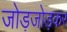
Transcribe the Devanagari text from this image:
जोड़जोड़कर